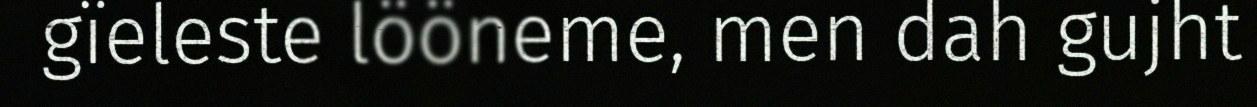
gïeleste lööneme, men dah gujht